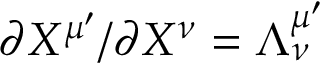
\partial X ^ { \mu ^ { \prime } } / \partial X ^ { \nu } = \Lambda _ { \nu } ^ { \mu ^ { \prime } }